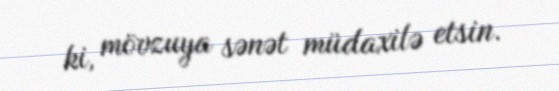
ki, mövzuya sənət müdaxilə etsin.